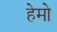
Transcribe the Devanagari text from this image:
हेमो